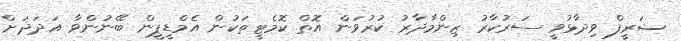
ޝަރީފް ވިދާޅުވީ ސަރުކާރު ޒިންމާދާރު ކުރުވަން އޮތް ކޮމެޓީތަކުން އެމްޑީޕީން ބޭނުންވާ އަދަދަށް